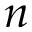
n